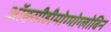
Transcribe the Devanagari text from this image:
ऑक्सीहीमोग्मोग्लोबिन